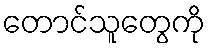
တောင်သူတွေကို